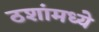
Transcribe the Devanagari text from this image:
ठशांमध्ये